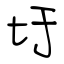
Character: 圩